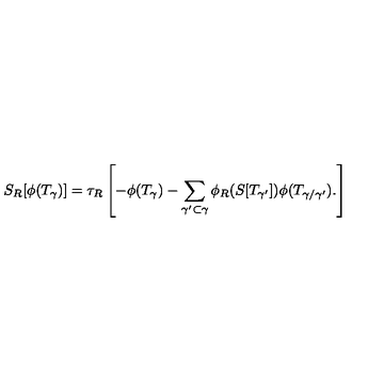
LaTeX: S _ { R } [ \phi ( T _ { \gamma } ) ] = \tau _ { R } \left[ - \phi ( T _ { \gamma } ) - \sum _ { \gamma ^ { \prime } \subset \gamma } \phi _ { R } ( S [ T _ { \gamma ^ { \prime } } ] ) \phi ( T _ { \gamma / \gamma ^ { \prime } } ) . \right]